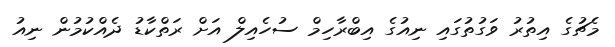
މެޗުގެ އިތުރު ވަގުތުގައި ނިއުގެ އިބްރާހިމް ސުހެއިލް އަށް ރަތްކާޑު ދެއްކުމުން ނިއު